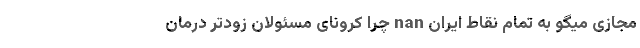
مجازی میگو به تمام نقاط ایران nan چرا کرونای مسئولان زودتر درمان